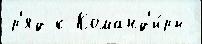
р'яд к Команд'и́ры